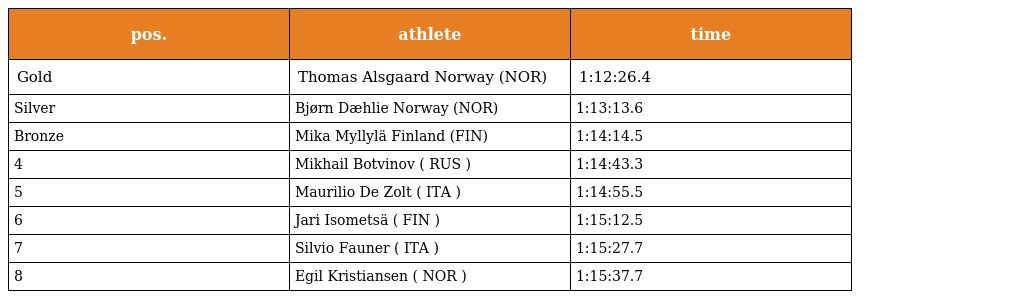
| pos. | athlete | time |
 | --- | --- | --- |
 | Gold | Thomas Alsgaard Norway (NOR) | 1:12:26.4 |
 | Silver | Bjørn Dæhlie Norway (NOR) | 1:13:13.6 |
 | Bronze | Mika Myllylä Finland (FIN) | 1:14:14.5 |
 | 4 | Mikhail Botvinov ( RUS ) | 1:14:43.3 |
 | 5 | Maurilio De Zolt ( ITA ) | 1:14:55.5 |
 | 6 | Jari Isometsä ( FIN ) | 1:15:12.5 |
 | 7 | Silvio Fauner ( ITA ) | 1:15:27.7 |
 | 8 | Egil Kristiansen ( NOR ) | 1:15:37.7 |